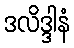
ဒလိဒ္ဒါနံ